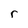
Character: r